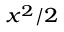
\scriptstyle x ^ { 2 } / 2